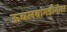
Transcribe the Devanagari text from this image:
ऊचलबांगडीनंतर